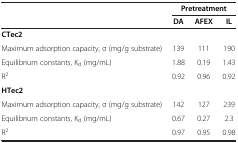
<table><thead><tr><td><b> </b></td><td colspan="3"><b>Pretreatment</b></td></tr><tr><td><b> </b></td><td><b>DA</b></td><td><b>AFEX</b></td><td><b>IL</b></td></tr></thead><tbody><tr><td><b>CTec2</b></td><td> </td><td> </td><td> </td></tr><tr><td>Maximum adsorption capacity, σ (mg/g substrate)</td><td>139</td><td>111</td><td>190</td></tr><tr><td>Equilibrium constants, K<sub>d</sub> (mg/mL)</td><td>1.88</td><td>0.19</td><td>1.43</td></tr><tr><td>R<sup>2</sup></td><td>0.92</td><td>0.96</td><td>0.92</td></tr><tr><td><b>HTec2</b></td><td> </td><td> </td><td> </td></tr><tr><td>Maximum adsorption capacity, σ (mg/g substrate)</td><td>142</td><td>127</td><td>239</td></tr><tr><td>Equilibrium constants, K<sub>d</sub> (mg/mL)</td><td>0.67</td><td>0.27</td><td>2.3</td></tr><tr><td>R<sup>2</sup></td><td>0.97</td><td>0.95</td><td>0.98</td></tr></tbody></table>